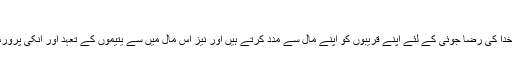
(ملفوظات جلد4ص844)
فرمایا:سچے نیکوں کی یہ عادت ہوتی ہے کہ خدا کی رضا جوئی کے لئے اپنے قریبوں کو اپنے مال سے مدد کرتے ہیں اور نیز اس مال میں سے یتیموں کے تعہد اور انکی پرورش اور تعلیم وغیرہ میں خرچ کرتے رہتے ہیں۔